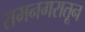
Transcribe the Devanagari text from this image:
रामनगरातून